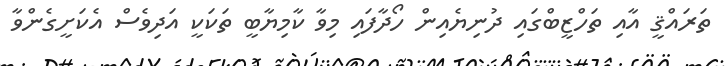
ތަރައްޤީ އާއި ތަހްޒީބްގައި ދުނިޔެއިން ހޯދާފައި މިވާ ކާމިޔާބީ ތަކަކީ އަދިވެސް އެކަށީގެންވާ